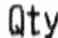
QTY